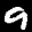
Label: 9